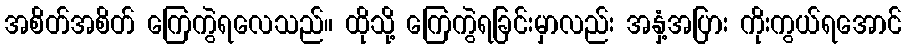
အစိတ်အစိတ် ကြေကွဲရလေသည်။ ထိုသို့ ကြေကွဲရခြင်းမှာလည်း အနှံ့အပြား ကိုးကွယ်ရအောင်